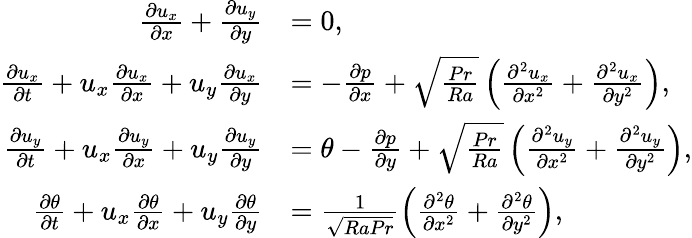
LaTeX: \begin{array}{rl}{\frac{\partial u_{x}}{\partial x}+\frac{\partial u_{y}}{\partial y}}&{=0,}\\ {\frac{\partial u_{x}}{\partial t}+u_{x}\frac{\partial u_{x}}{\partial x}+u_{y}\frac{\partial u_{x}}{\partial y}}&{=-\frac{\partial p}{\partial x}+\sqrt{\frac{Pr}{Ra}}\left(\frac{\partial^{2}u_{x}}{\partial x^{2}}+\frac{\partial^{2}u_{x}}{\partial y^{2}}\right),}\\ {\frac{\partial u_{y}}{\partial t}+u_{x}\frac{\partial u_{y}}{\partial x}+u_{y}\frac{\partial u_{y}}{\partial y}}&{=\theta-\frac{\partial p}{\partial y}+\sqrt{\frac{Pr}{Ra}}\left(\frac{\partial^{2}u_{y}}{\partial x^{2}}+\frac{\partial^{2}u_{y}}{\partial y^{2}}\right),}\\ {\frac{\partial\theta}{\partial t}+u_{x}\frac{\partial\theta}{\partial x}+u_{y}\frac{\partial\theta}{\partial y}}&{=\frac{1}{\sqrt{RaPr}}\left(\frac{\partial^{2}\theta}{\partial x^{2}}+\frac{\partial^{2}\theta}{\partial y^{2}}\right),}\end{array}